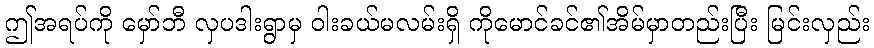
ဤအရပ်ကို မှော်ဘီ လှပဒါးရွာမှ ဝါးခယ်မလမ်းရှိ ကိုမောင်ခင်၏အိမ်မှာတည်းပြီး မြင်းလှည်း